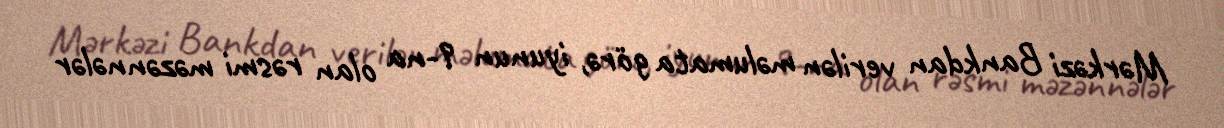
Mərkəzi Bankdan verilən məlumata görə, iyunun 9-na olan rəsmi məzənnələr